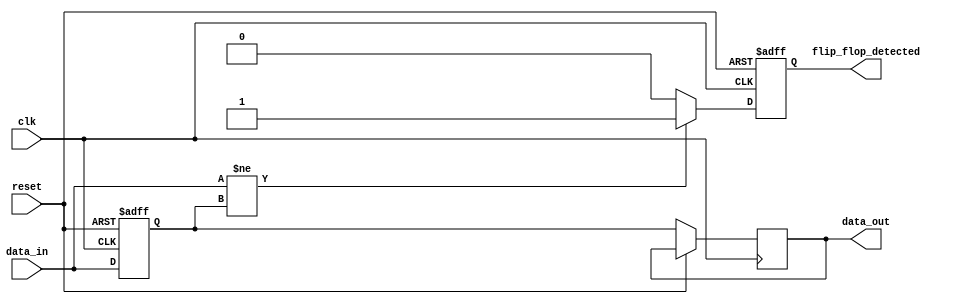
module MemoryBlock (
    input wire clk,
    input wire reset,
    input wire [7:0] data_in,
    output reg flip_flop_detected,
    output reg [7:0] data_out
);
    reg [7:0] memory;

    always @(posedge clk or posedge reset) begin
        if (reset) begin
            memory <= 8'b0;
            flip_flop_detected <= 1'b0;
        end else begin
            memory <= data_in;
            // Simple detection logic for flip-flop characteristics
            if (data_in != memory) begin
                flip_flop_detected <= 1'b1; // Detect transition
            end else begin
                flip_flop_detected <= 1'b0;
            end
            data_out <= memory;
        end
    end
endmodule